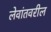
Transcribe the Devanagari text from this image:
लेवांतवरील